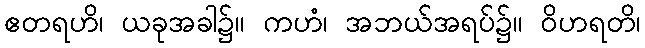
ဧတရဟိ၊ ယခုအခါ၌။ ကဟံ၊ အဘယ်အရပ်၌။ ဝိဟရတိ၊